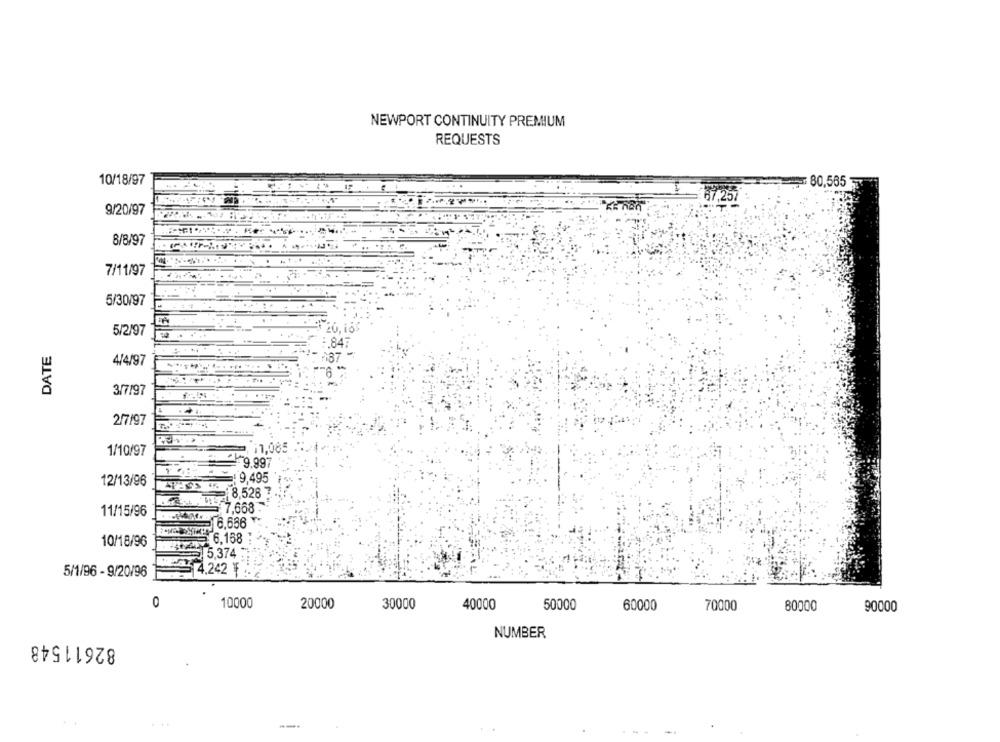
NEWPORT CONTINUITY PREMIUM
REQUESTS
10/18/97
80,565
7,257
9/20/97
8/8/97
7/11/97
5/30/97
5/2/97
DATE
84
4/4/97
3/7/97
2/7/97
1/10/97
11,085
9.997
12/13/96
9.495
8,528 ?
11/15/96
7,668
6,686
6,168
10/18/96
5.374
4.242 ₮
5/1/96 - 9/20/96
0
10000
20000
30000
40000
50000
60000
70000
80000
90000
82611548
NUMBER